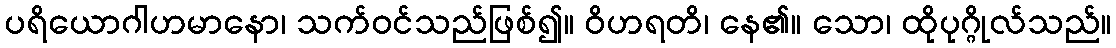
ပရိယောဂါဟမာနော၊ သက်ဝင်သည်ဖြစ်၍။ ဝိဟရတိ၊ နေ၏။ သော၊ ထိုပုဂ္ဂိုလ်သည်။